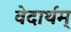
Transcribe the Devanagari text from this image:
वेदार्थम्